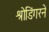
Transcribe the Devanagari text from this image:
श्रोडिंगरने